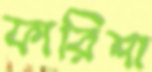
ফারিশা